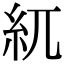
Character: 𥾕